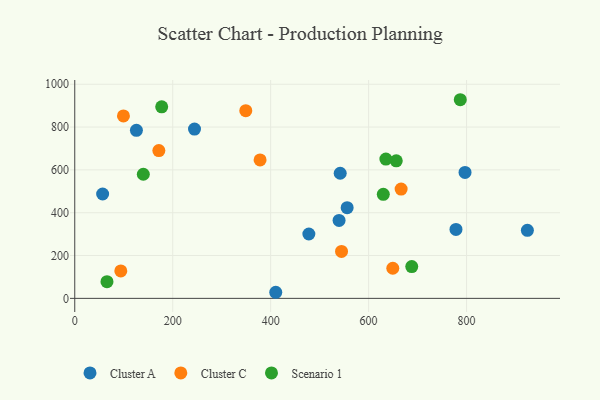
{"axis": {"x": "Engine Size", "y": "Sales"}, "legend": ["Cluster A", "Cluster C", "Scenario 1"], "data": [{"x": "125.9", "y": 784.9, "type": "Cluster A"}, {"x": "796.9", "y": 588.0, "type": "Cluster A"}, {"x": "542.0", "y": 584.3, "type": "Cluster A"}, {"x": "556.2", "y": 423.5, "type": "Cluster A"}, {"x": "924.2", "y": 317.9, "type": "Cluster A"}, {"x": "56.9", "y": 487.3, "type": "Cluster A"}, {"x": "410.4", "y": 28.4, "type": "Cluster A"}, {"x": "539.7", "y": 364.1, "type": "Cluster A"}, {"x": "478.0", "y": 300.5, "type": "Cluster A"}, {"x": "244.5", "y": 790.6, "type": "Cluster A"}, {"x": "778.4", "y": 322.1, "type": "Cluster A"}, {"x": "171.7", "y": 690.4, "type": "Cluster C"}, {"x": "99.4", "y": 851.9, "type": "Cluster C"}, {"x": "649.4", "y": 140.7, "type": "Cluster C"}, {"x": "94.0", "y": 128.1, "type": "Cluster C"}, {"x": "666.4", "y": 510.2, "type": "Cluster C"}, {"x": "544.7", "y": 219.2, "type": "Cluster C"}, {"x": "378.4", "y": 646.5, "type": "Cluster C"}, {"x": "349.2", "y": 876.6, "type": "Cluster C"}, {"x": "656.5", "y": 642.4, "type": "Scenario 1"}, {"x": "688.1", "y": 148.2, "type": "Scenario 1"}, {"x": "630.0", "y": 485.8, "type": "Scenario 1"}, {"x": "65.8", "y": 78.1, "type": "Scenario 1"}, {"x": "635.3", "y": 650.6, "type": "Scenario 1"}, {"x": "140.0", "y": 579.7, "type": "Scenario 1"}, {"x": "177.5", "y": 894.4, "type": "Scenario 1"}, {"x": "787.2", "y": 927.7, "type": "Scenario 1"}]}